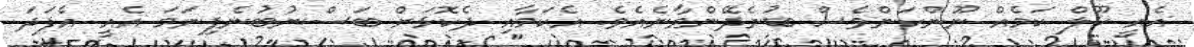
އެއީ ކޫލް ކަމެއް ނޫންކަންވެސް ބުނެދޭންވާނެއެވެ. އެކަމާއި ދެކޮޅަށް ބަސްނުބުނެފިނަމަ އެއީ އެފަދަ